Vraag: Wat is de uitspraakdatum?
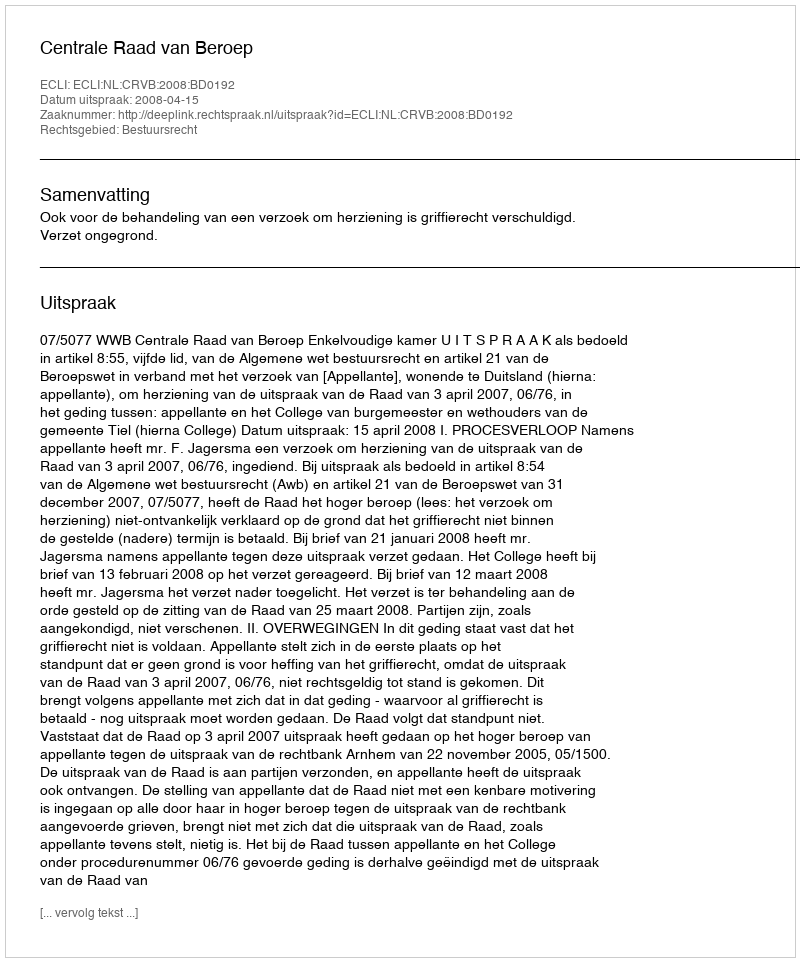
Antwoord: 2008-04-15